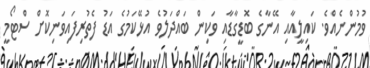
ވުމުންނެއްވެ. ކައިލީއާއި އޭނާގެ ބޮޑީގާޑާއި ވަކިން ބައްދަލުވެ އުޅޭކަމުގެ އަޑު ފެތުރިފައިވަނިކޮށް ސްޓޯމީ